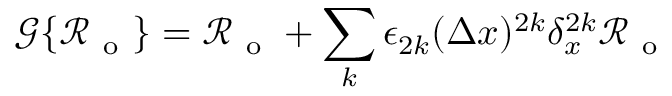
\mathcal { G } \{ \mathcal { R } _ { \mathrm { ~ o ~ } } \} = \mathcal { R } _ { \mathrm { ~ o ~ } } + \sum _ { k } \epsilon _ { 2 k } ( \Delta x ) ^ { 2 k } \delta _ { x } ^ { 2 k } \mathcal { R } _ { \mathrm { ~ o ~ } }